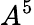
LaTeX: A^{5}